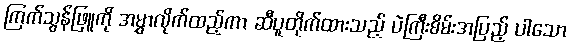
ကြက်သွန်ဖြူကို အမွှာလိုက်ထည့်ကာ ဆီပူတိုက်ထားသည့် ပဲကြီးစိမ်းအပြည့် ပါသော